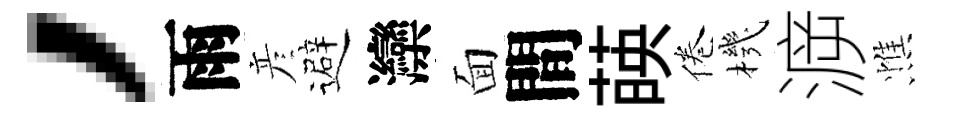
，雨彦避灤面間𦴤倦機㴑憔